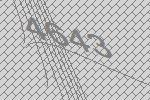
4643